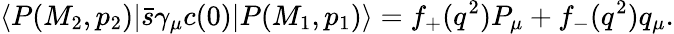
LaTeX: \langle P(M_{2},p_{2})|\bar{s}\gamma_{\mu}c(0)|P(M_{1},p_{1})\rangle=f_{+}(q^{2})P_{\mu}+f_{-}(q^{2})q_{\mu}.